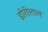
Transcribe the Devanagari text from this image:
डोरीलाल